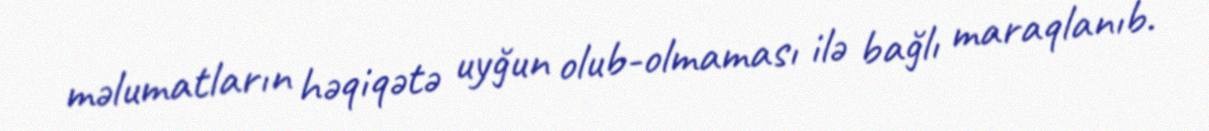
məlumatların həqiqətə uyğun olub-olmaması ilə bağlı maraqlanıb.